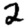
Digit: 2